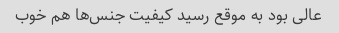
عالی بود به موقع رسید کیفیت جنس‌ها هم خوب